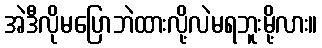
အဲဒီလိုမပြောဘဲထားလို့လဲမရဘူးမို့လား။